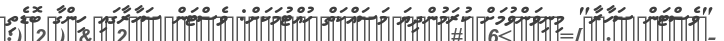
"ވެސްޓަން ސަހާރާ" މިނިވަންވުމަށް ކުރަމުންދިޔަ މަސައްކަތް ހުއްޓުމަކަށް: ވެސްޓަން ސަހާރާގައި ހިންގާ ބޮޑެތި